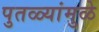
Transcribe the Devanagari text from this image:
पुतळ्यांमुळे